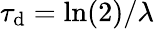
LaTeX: \tau_{\mathrm{d}}=\ln(2)/\lambda